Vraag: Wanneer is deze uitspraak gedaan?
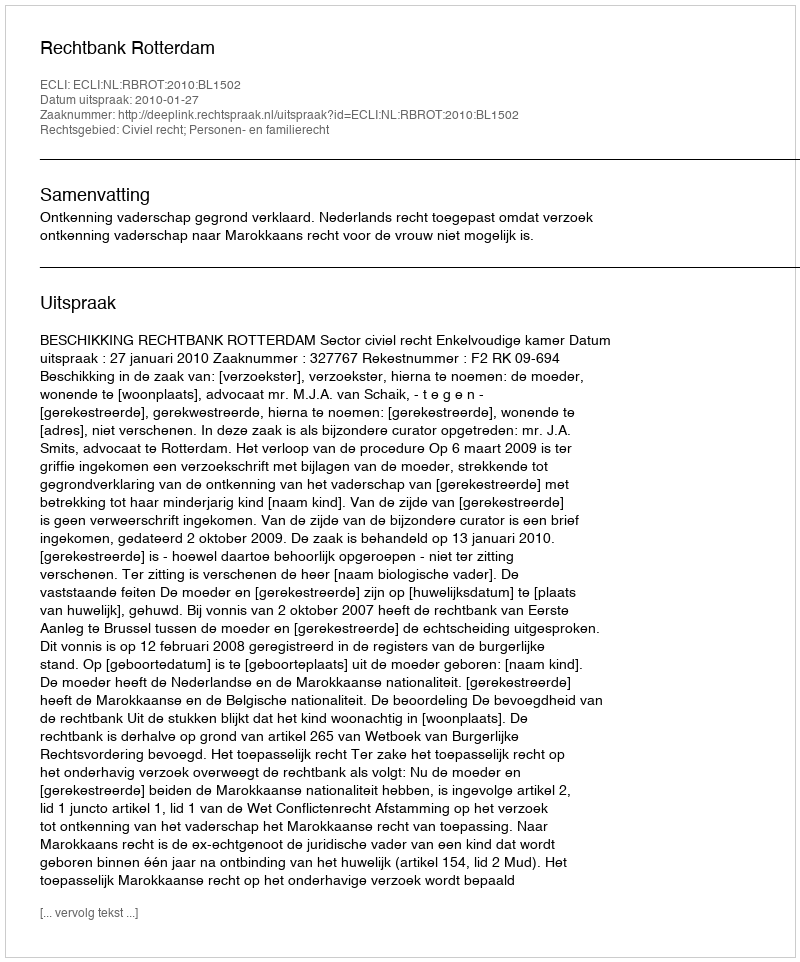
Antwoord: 2010-01-27